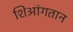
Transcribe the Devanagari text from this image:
शिआंगतान